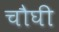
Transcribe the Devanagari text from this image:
चौघी